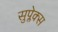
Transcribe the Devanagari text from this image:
सुप्लेक्स